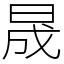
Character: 晟